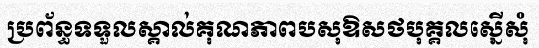
ប្រព័ន្ធទទួលស្គាល់គុណភាពបសុឱសថបុគ្គលស្នើសុំ